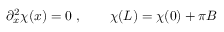
\partial _ { x } ^ { 2 } \chi ( x ) = 0 \ , \qquad \chi ( L ) = \chi ( 0 ) + \pi B